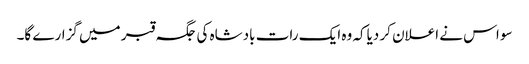
سو اس نے اعلان کر دیاکہ وہ ایک رات بادشاہ کی جگہ قبر میں گزارے گا۔